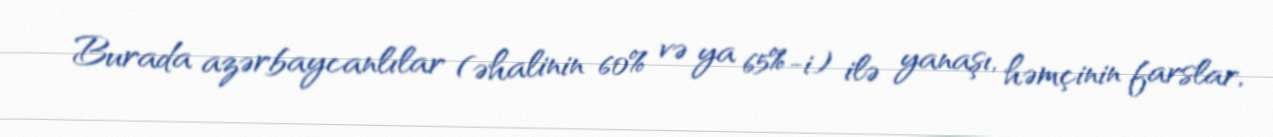
Burada azərbaycanlılar (əhalinin 60% və ya 65%-i) ilə yanaşı, həmçinin farslar,